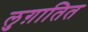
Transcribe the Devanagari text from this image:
लुग़ातित